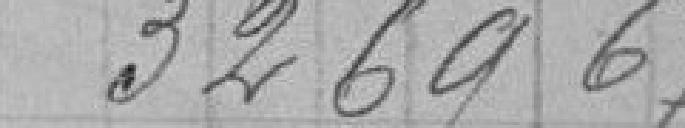
32 69,69